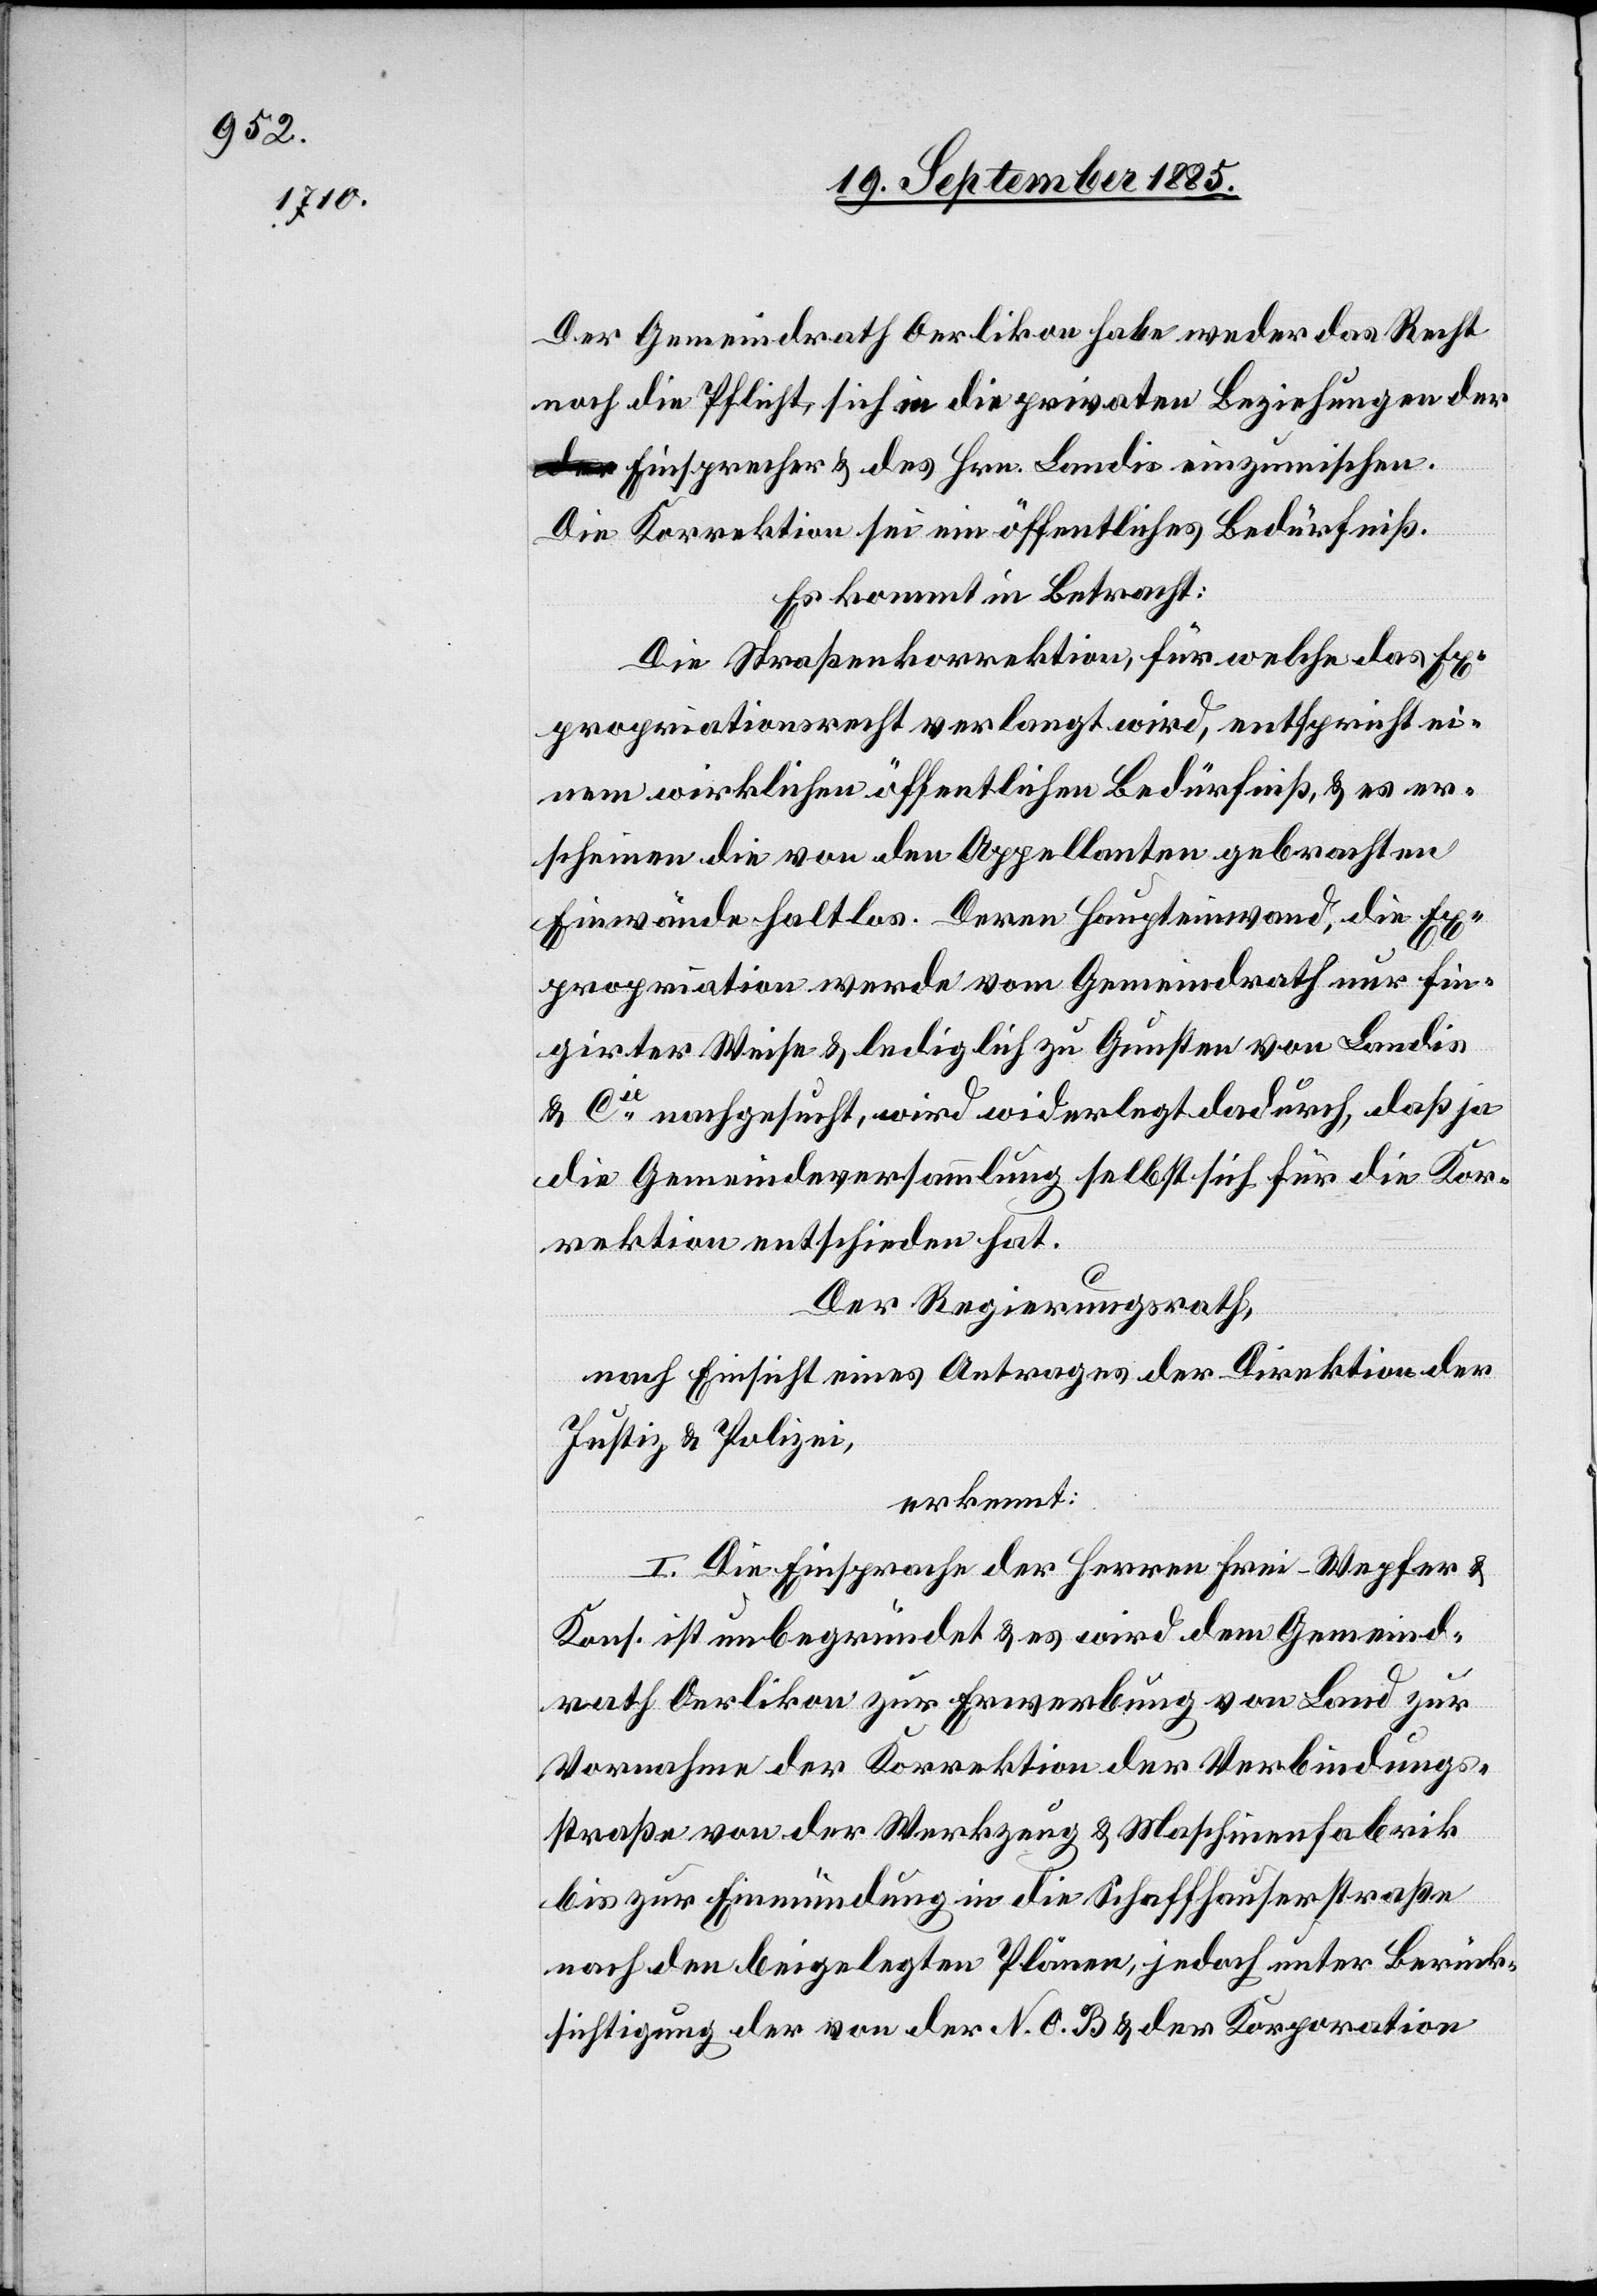
Der Gemeindrath Oerlikon habe weder das Recht
noch die Pflicht sich in die privaten Beziehungen der
a-der-a Einsprache & des Hrn. Landis einzumischen.
Die Korrektion sei ein öffentliches Bedürfniß.
Es kommt in Betracht:
Die Straßenkorrektion, für welche das Ex¬
propriationsrecht verlangt wird, entspricht ei¬
nem wirklichen öffentlichen Bedürfniß, & es er¬
scheinen die von den Appellanten gebrachten
Einwände haltlos. Deren Haupteinwand, die Ex¬
propriation werde vom Gemeindrath nur fin¬
girter Weise & lediglich zu Gunsten von Landis
& Cie nachgesucht, wird widerlegt dadurch daß ja
die Gemeindeversammlung selbst sich für die Kor¬
rektion entschieden hat.
Der Regierungsrath,
nach Einsicht eines Antrages der Direktion der
Justiz & Polizei,
erkennt:
I. Die Einsprache der Herren Frei-Wepfer &
Kons. ist unbegründet & es wird dem Gemeind¬
rath Oerlikon zur Erwerbung von Land zur
Vornahme der Korrektion der Verbindungs¬
straße von der Werkzeug & Maschinenfabrik
bis zur Einmündung in die Schaffhauserstraße
nach den beigelegten Plänen, jedoch unter Berück¬
sichtigung der von der N. O. B. & der Korporation